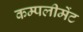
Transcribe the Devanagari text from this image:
कम्पलीमेंट